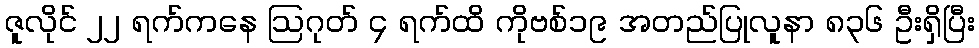
ဇူလိုင် ၂၂ ရက်ကနေ ဩဂုတ် ၄ ရက်ထိ ကိုဗစ်၁၉ အတည်ပြုလူနာ ၈၃၆ ဦးရှိပြီး